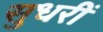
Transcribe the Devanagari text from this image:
सुधरीं